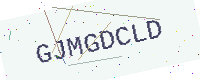
Text: GJMGDCLD